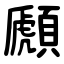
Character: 䫢